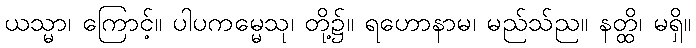
ယသ္မာ၊ ကြောင့်။ ပါပကမ္မေသု၊ တို့၌။ ရဟောနာမ၊ မည်သ်ည။ နတ္ထိ၊ မရှိ။